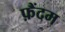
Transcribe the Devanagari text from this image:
फ़ैंदम